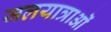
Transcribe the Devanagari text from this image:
जलयात्राओं